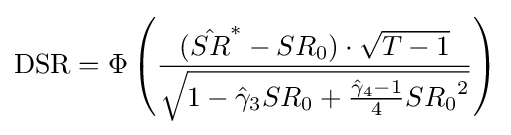
{\text{DSR}}=\Phi \left({\frac {({\hat {SR}}^{*}-SR_{0})\cdot {\sqrt {T-1}}}{\sqrt {1-{\hat {\gamma }}_{3}SR_{0}+{\frac {{\hat {\gamma }}_{4}-1}{4}}{SR_{0}}^{2}}}}\right)